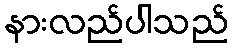
နားလည်ပါသည်